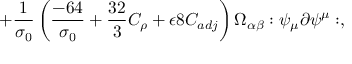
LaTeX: + \frac { 1 } { \sigma _ { 0 } } \left( \frac { - 6 4 } { \sigma _ { 0 } } + \frac { 3 2 } { 3 } C _ { \rho } + \epsilon 8 C _ { a d j } \right) \Omega _ { \alpha \beta } : \psi _ { \mu } \partial \psi ^ { \mu } : ,